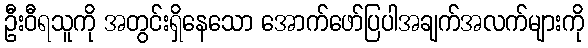
ဦးဝီရသူကို အတွင်းရှိနေသော အောက်ဖော်ပြပါအချက်အလက်များကို